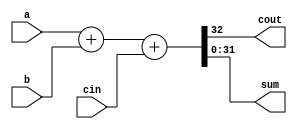
module full_adder_32_bits
                ( input [31:0] a,
                  input [31:0] b,
                  input cin,
                  output reg cout,
                  output reg [31:0] sum);
    always @ (a or b or cin) begin
    {cout, sum} = a + b + cin;
    end
endmodule